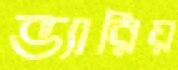
ভ্যারিয়